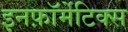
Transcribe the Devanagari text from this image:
इनफ़ॉर्मेटिक्स